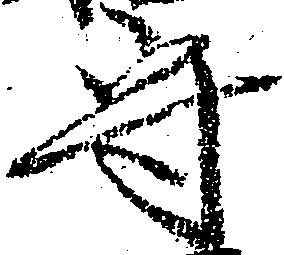
守